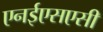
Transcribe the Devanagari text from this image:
एनईएसएसी